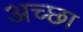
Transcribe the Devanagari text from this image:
अच्छा